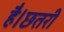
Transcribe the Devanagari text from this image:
है।छतरी